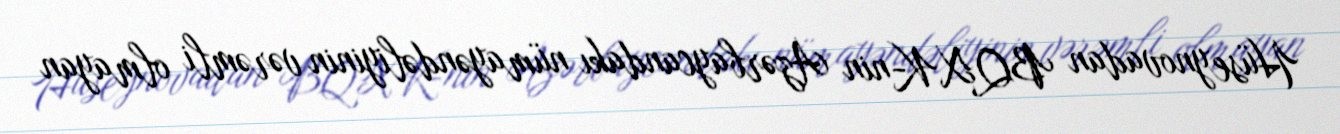
Hüseynovadan BQXK-nin Azərbaycandakı nümayəndəliyinin vərəmli olmayan